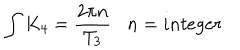
LaTeX: \int K _ { 4 } = { \frac { 2 \pi n } { T _ { 3 } } } \, \, \, \, \, n = i n t e g e r